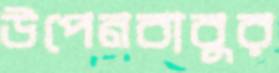
উপেনবাবুর